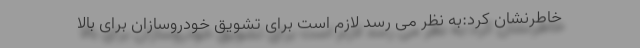
خاطرنشان کرد:به نظر می رسد لازم است برای تشویق خودروسازان برای بالا